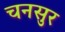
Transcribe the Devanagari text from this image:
चनसुर